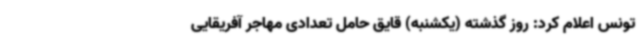
تونس اعلام کرد: روز گذشته (یکشنبه) قایق حامل تعدادی مهاجر آفریقایی